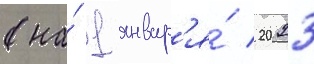
(на́ 1 январ'я́ 2023